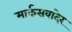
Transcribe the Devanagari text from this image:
मार्कसवादेर